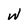
Character: w